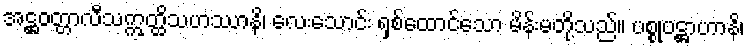
အဋ္ဌဝတ္တာလီသဣတ္ထိသဟဿာနိ၊ လေးသောင်း ရှစ်ထောင်သော မိန်းမတို့သည်။ ပစ္စုပဋ္ဌာဟာနိ၊